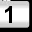
Digit: 1